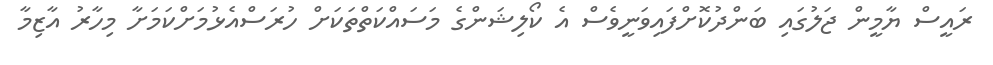
ރައީސް ޔާމީން ޖަލުގައި ބަންދުކޮށްފައިވަނީވެސް އެ ކޯލިޝަންގެ މަސައްކަތްތަކަށް ހުރަސްއެޅުމަށްކަމަށާ މިހާރު އާޒިމާ